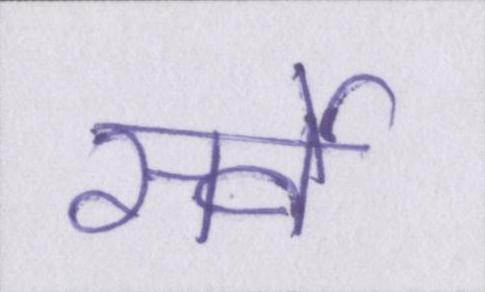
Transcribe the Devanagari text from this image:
सर्वे